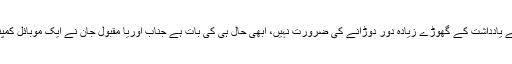
میری بات ثابت کرنے کے لئے یادداشت کے گھوڑے زیادہ دور دوڑانے کی ضرورت نہیں، ابھی حال ہی کی بات ہے جناب اوریا مقبول جان نے ایک موبائل کمپنی کے اشتہار پر تنقید فرمائی۔